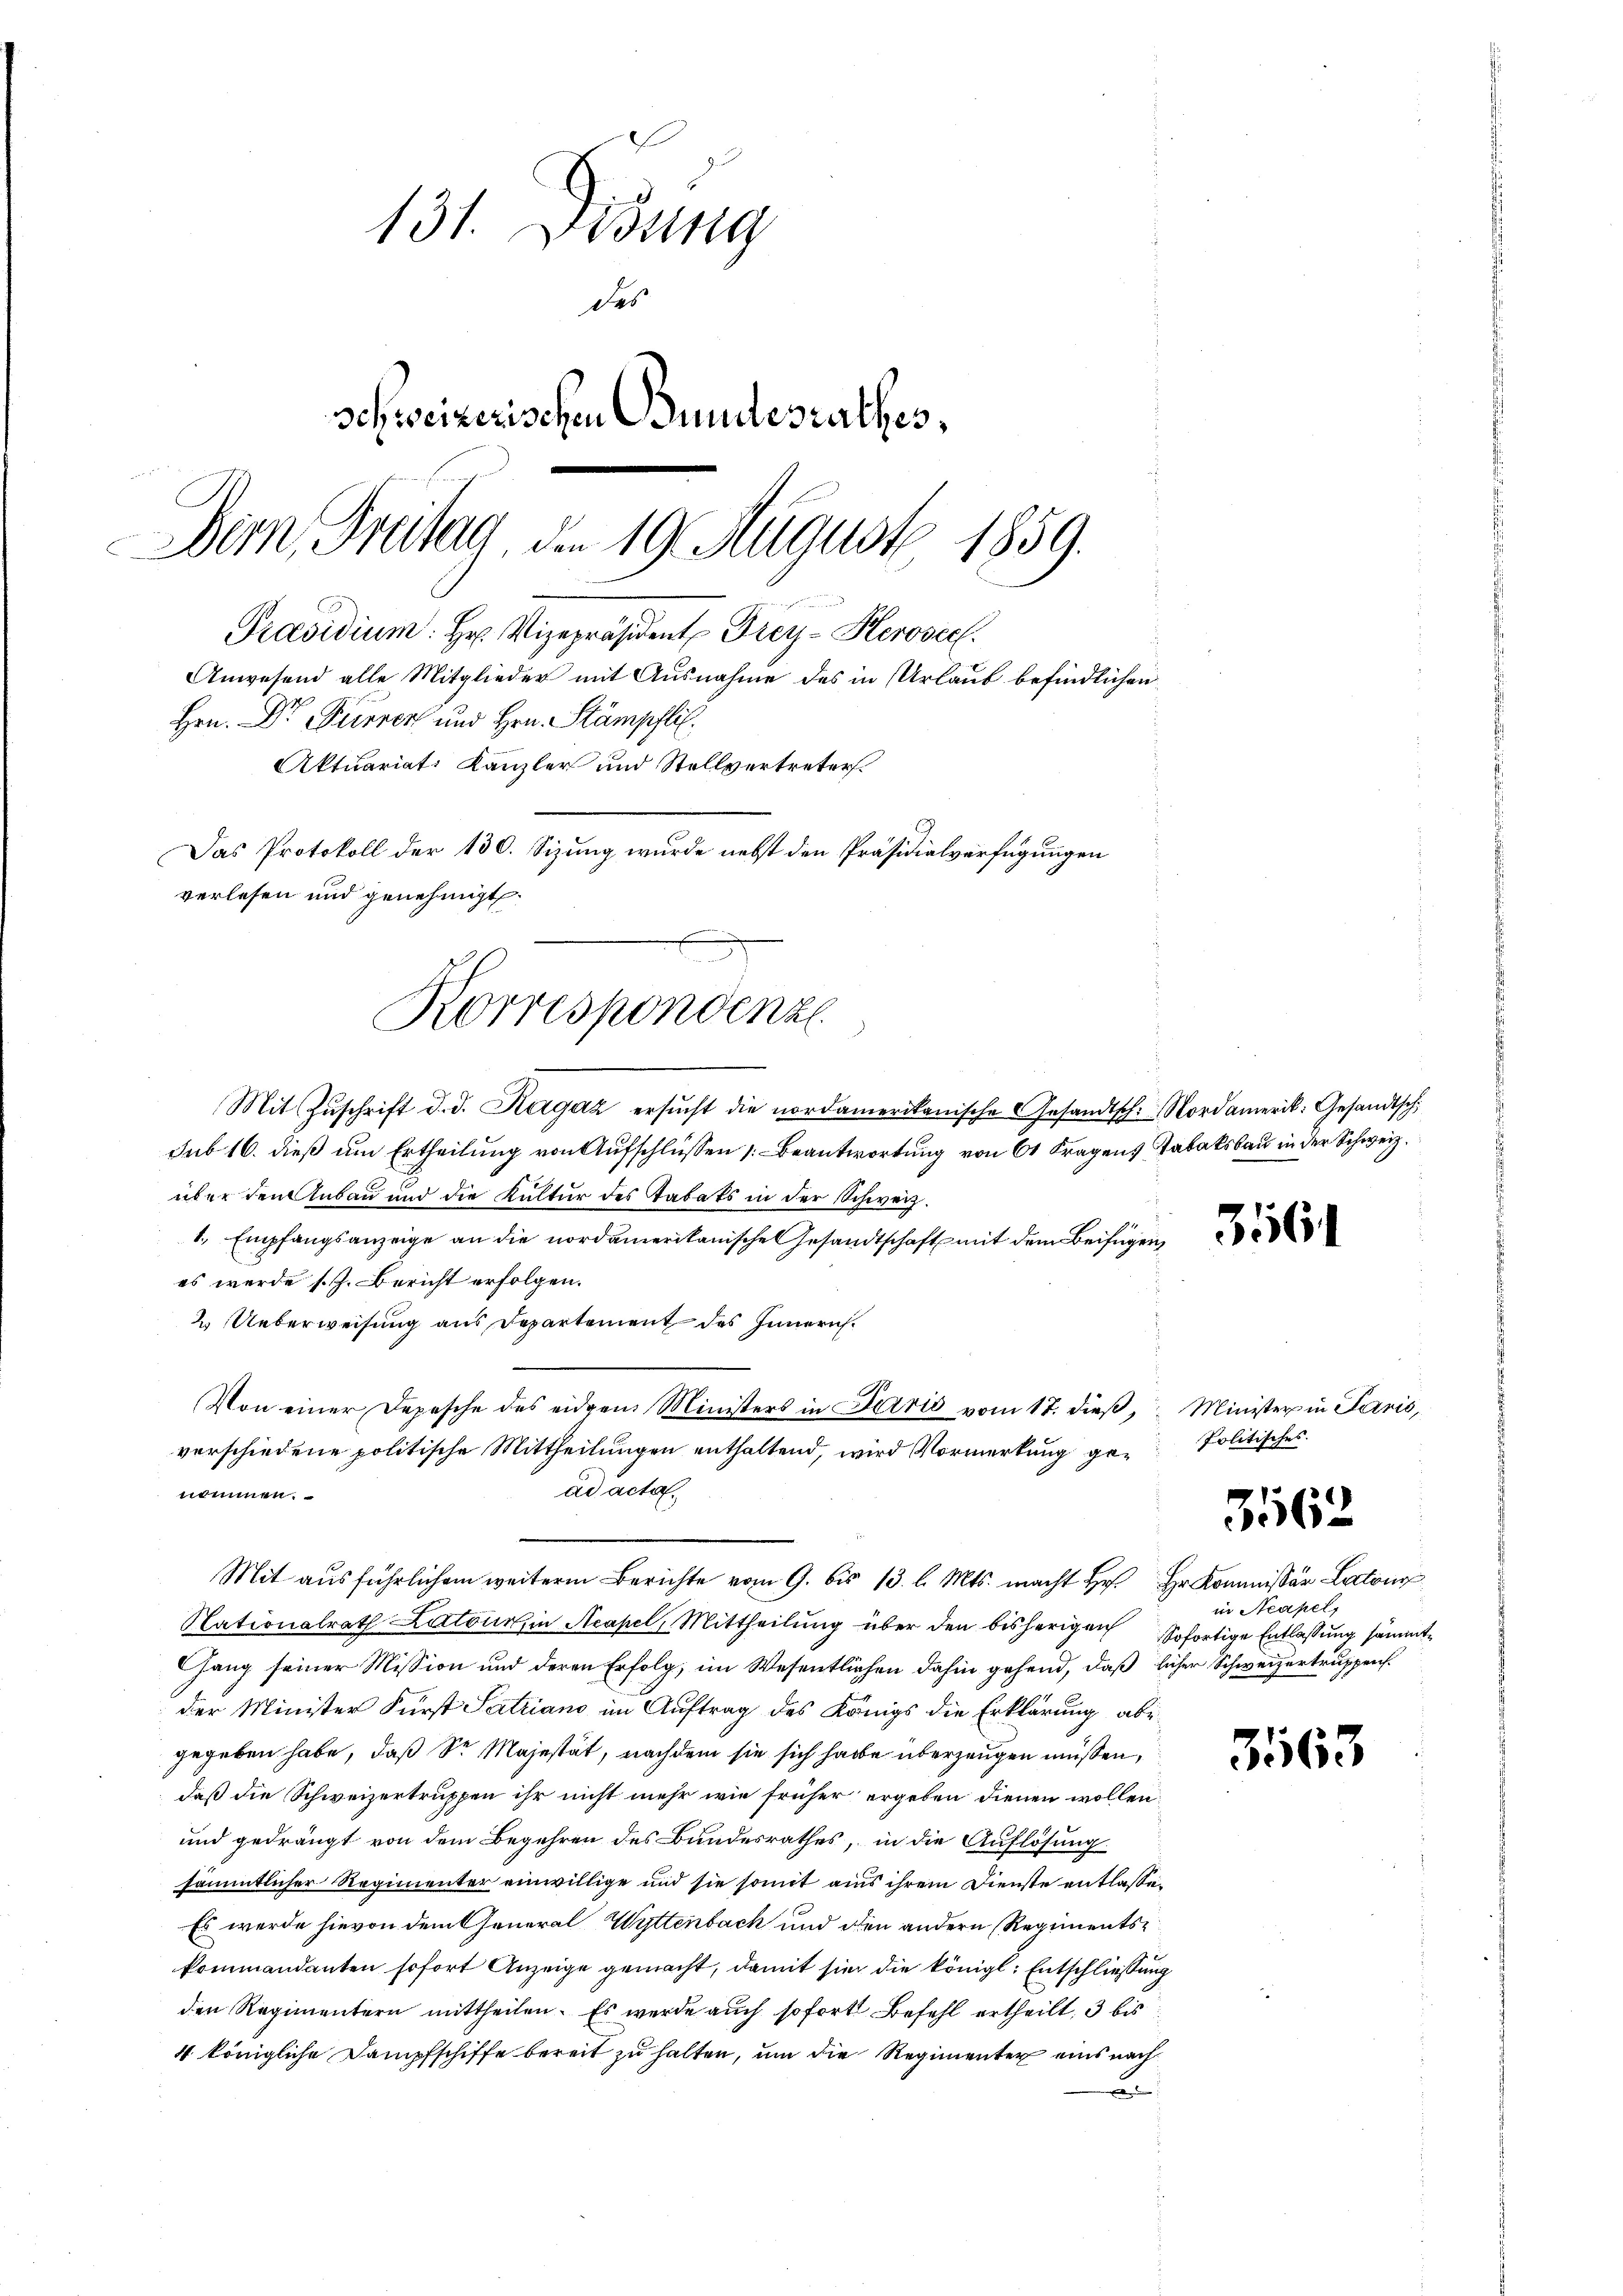
131. Didung
des
schweizerischen Bundesrathes,
Bern, Freitag, d. 19. August 1859.

Hrn. Dr Furren und Hrn. Stämpflic
verlesen und genehmigt.
.
Korrespondenz

u
Präsidium: Hr. Vizepräsident Frey-Herosec
Anwesend alle Mitglieder mit Ausnahme des in Urlaub befindlichen
Aktuariat Kanzler und Stellvertreter.
Das Protokoll der 130. Sizung wurde nebst den Präsidialverfügungen

Mit Zŭschrift d. d. Ragaz ersŭcht die nordamerikanische Gesandtsch. Nordamerik: Gesandtsch
sub 16. dieß um Ertheilung von Aufschlüssen Beantwortung von 60 Fragens Tabaksbau in der Schweiz.
über den Anbau und die Kultur des Stadats in der Schweiz.
1., Empfangsanzeige an die nordamerikanische Gesandtschaft mit dem Beifügen,
es werde s. Z. Bericht erfolgen.
2. Ueberweisung aus Departement des Innern.
Von einer Depesche des eidgen Ministers in Perić vom 17. dieß, Minister in Paris,
verschiedene politische Mittheilungen enthaltend, wird Vormerkung gead acta.
nommen.
Mit ausführlichem weiterm Berichte vom 9. bis 13. l. Mts. macht Hr. Hr. Kommissär Luton
Nationalrath Latein, in Acapel (Mittheilung über den bisherigen sofortige Entlassung sämmthang seiner Mission und deren Erfolg, im Wesentlichen dahin gehend, daß licher Schweizertruppen.
der Minister Fürst Satziano im Auftrag des Königs die Erklärung abegegeben habe, daß Sr Majestät, nachdem sie sich habe überzeugen müssen,
daß die Schweizertruppen ihr nicht mehr wie früher ergeben dienen wollen.
und gedrängt von dem Begehren des Bundesrathes, in die Auflösung
sämmtlicher Regimenter einwillige und sie somit aus ihrem Dienste entlasse¬
Es werde hievon dem General Wyttenbach und den andern Regimentskommandanten sofort Anzeige gemacht, damit sie die königl: Entschliessung
den Regimentern mittheilen. Es werde auch sofort Befehl ertheilt, 3 bis
4 königliche Dampfschiffe bereit zu halten, um die Regimenter eins nach

Politisches.

in Neapel,

3161

3162

3563